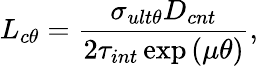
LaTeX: L_{c\theta}=\frac{\sigma_{ult\theta}D_{cnt}}{2\tau_{int}\exp\left(\mu\theta\right)},